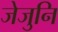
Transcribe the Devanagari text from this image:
जेजुनि